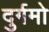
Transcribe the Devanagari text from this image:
दुर्गमो